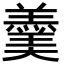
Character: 羹